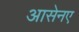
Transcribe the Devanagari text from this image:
आसेनए